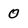
Character: 0